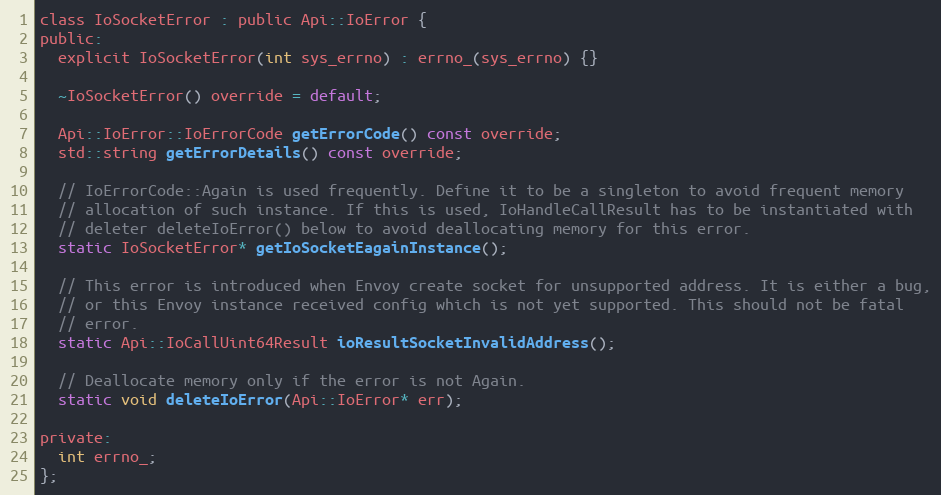
Language: C
class IoSocketError : public Api::IoError {
public:
  explicit IoSocketError(int sys_errno) : errno_(sys_errno) {}

  ~IoSocketError() override = default;

  Api::IoError::IoErrorCode getErrorCode() const override;
  std::string getErrorDetails() const override;

  // IoErrorCode::Again is used frequently. Define it to be a singleton to avoid frequent memory
  // allocation of such instance. If this is used, IoHandleCallResult has to be instantiated with
  // deleter deleteIoError() below to avoid deallocating memory for this error.
  static IoSocketError* getIoSocketEagainInstance();

  // This error is introduced when Envoy create socket for unsupported address. It is either a bug,
  // or this Envoy instance received config which is not yet supported. This should not be fatal
  // error.
  static Api::IoCallUint64Result ioResultSocketInvalidAddress();

  // Deallocate memory only if the error is not Again.
  static void deleteIoError(Api::IoError* err);

private:
  int errno_;
};